Civil Veterinary Dept. Assam report 1927-50 - 1927-1950
Year: 1927
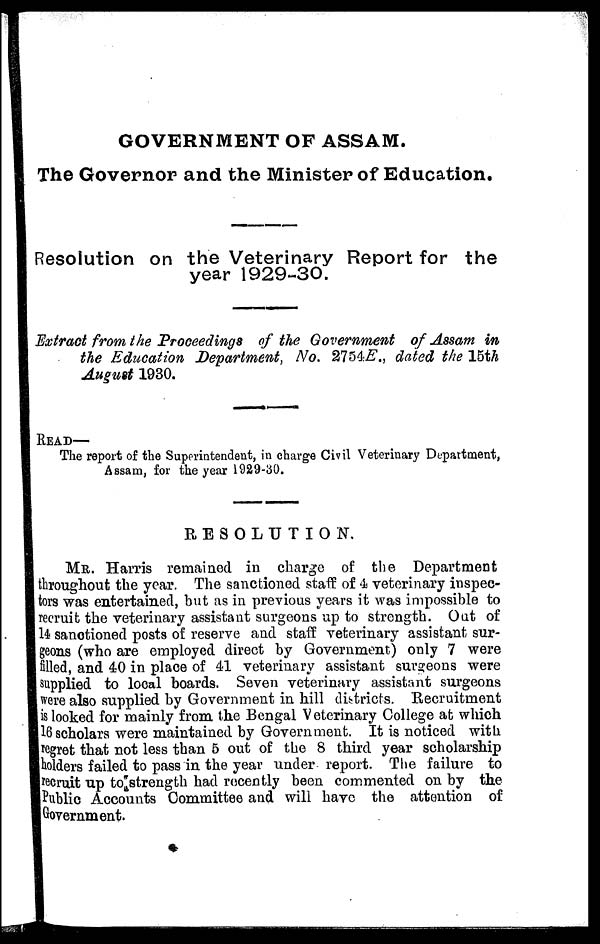
GOVERNMENT OF ASSAM.
The Governor and the Minister of Education.
Resolution on the Veterinary Report for the
year 1929-30.
Extract from the Proceedings of the Government of Assam in
the Education Department, No. 2754E., dated the 15th
August 1930.
READ—
The report of the Superintendent, in charge Civil Veterinary Department,
Assam, for the year 1929-30.
RESOLUTION.
MR. Harris remained in charge of the Department
throughout the year. The sanctioned staff of 4 veterinary inspec-
tors was entertained, hut as in previous years it was impossible to
recruit the veterinary assistant surgeons up to strength. Out of
14 sanctioned posts of reserve and staff veterinary assistant sur-
geons (who are employed direct by Government) only 7 were
filled, and 40 in place of 41 veterinary assistant surgeons were
supplied to local boards. Seven veterinary assistant surgeons
were also supplied by Government in hill districts. Recruitment
is looked for mainly from the Bengal Veterinary College at which
16 scholars were maintained by Government. It is noticed with
regret that not less than 5 out of the 8 third year scholarship
holders failed to pass in the year under report. The failure to
recruit up to strength had recently been commented on by the
Public Accounts Committee and will have the attention of
Government.